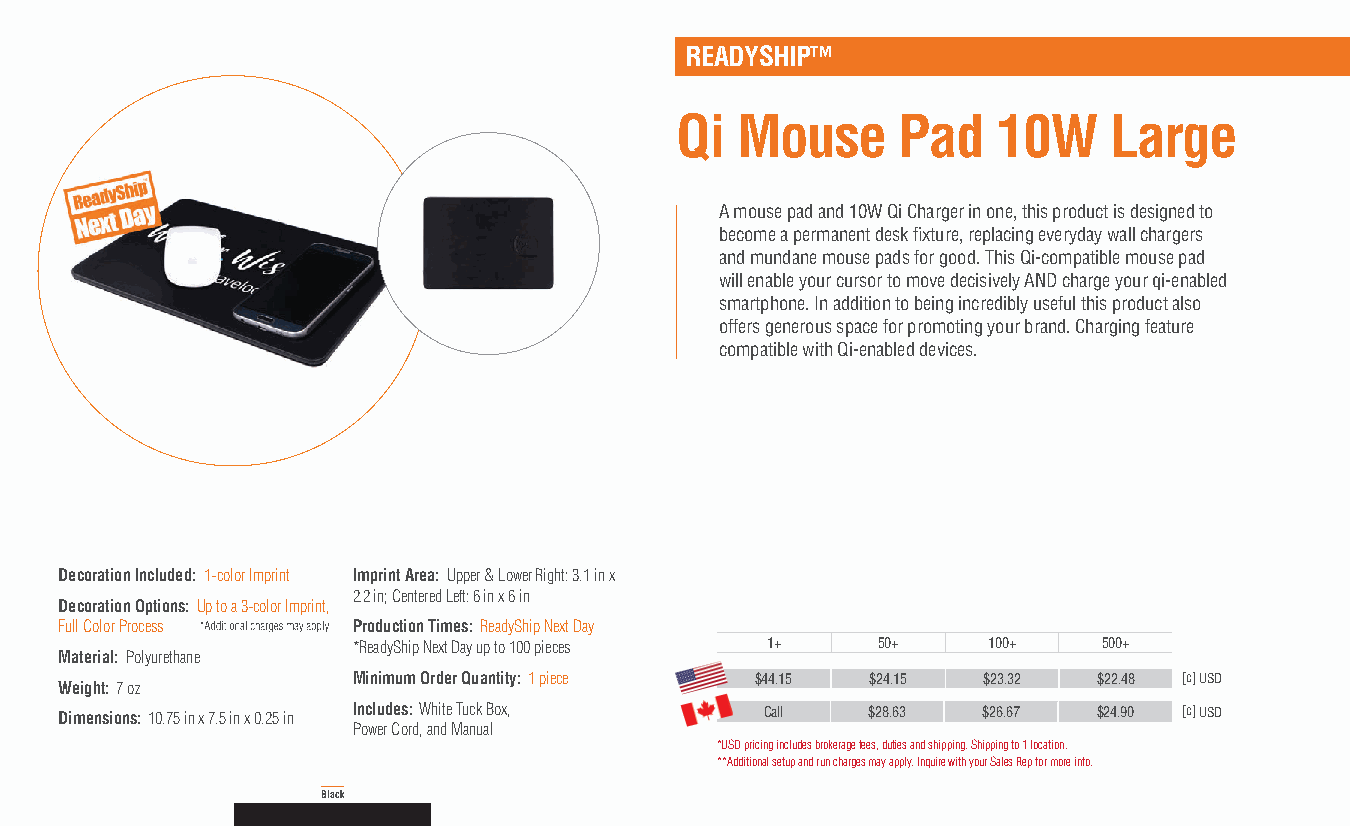
READYSHIP™
 Qi  Mouse     Pad    10W    Large
 A mouse pad and 10W Qi Charger in one, this product is designed to
 become a permanent desk fixture, replacing everyday wall chargers
 and mundane mouse pads for good. This Qi-compatible mouse pad
 will enable your cursor to move decisively AND charge your qi-enabled
 smartphone. In addition to being incredibly useful this product also
 offers generous space for promoting your brand. Charging feature
 compatible with Qi-enabled devices.
 Decoration Included: 1-color Imprint Imprint Area: Upper & Lower Right: 3.1 in x
 2.2 in; Centered Left: 6 in x 6 in
 Decoration Options: Up to a 3-color Imprint,
 Full Color Process Production Times: ReadyShip Next Day
 *ReadyShip Next Day up to 100 pieces 1+ 50+ 100+  500+
 Material: Polyurethane
 Minimum Order Quantity: 1 piece $44.15 $24.15 $23.32 $22.48 [c] USD
 Weight: 7 oz
 Dimensions: 10.75 in x 7.5 in x 0.25 in Includes: White Tuck Box, Call $28.63 $26.67 $24.90 [c] USD
 Power Cord, and Manual
 *USD pricing includes brokerage fees, duties and shipping. Shipping to 1 location.
 **Additional setup and run charges may apply. Inquire with your Sales Rep for more info.
 Black